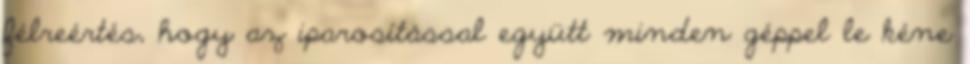
félreértés, hogy az iparosítással együtt minden géppel le kéne